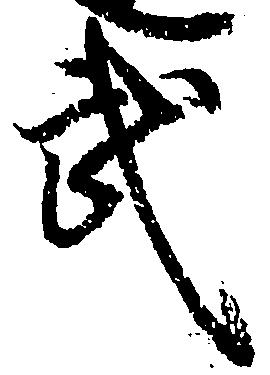
武